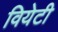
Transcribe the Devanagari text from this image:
वियेटी